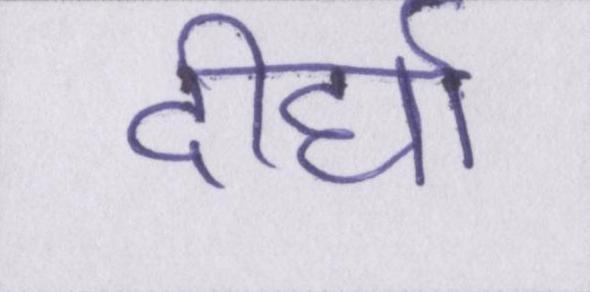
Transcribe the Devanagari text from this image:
दीर्घा